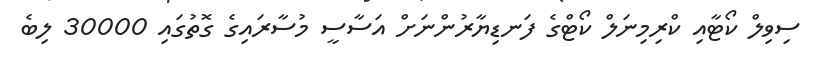
ސިވިލް ކޯޓާއި ކްރިމިނަލް ކޯޓްގެ ފަނޑިޔާރުންނަށް އަސާސީ މުސާރައިގެ ގޮތުގައި 30000 ލިބެ